Source: Handwritten
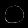
Digit: ၀ (0)